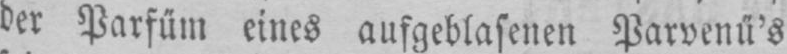
der Parfüm eines aufgeblasenen Parvenü’s